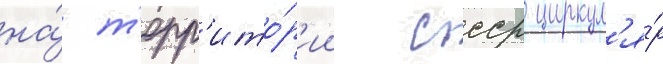
на́ т'ерр'ито́р'ии ссср циркул'я́р